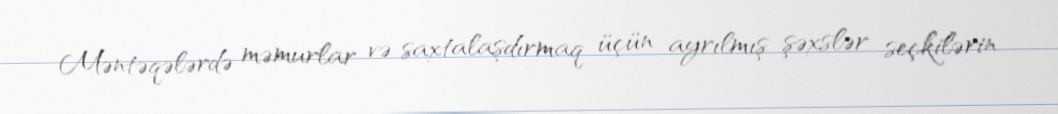
Məntəqələrdə məmurlar və saxtalaşdırmaq üçün ayrılmış şəxslər seçkilərin